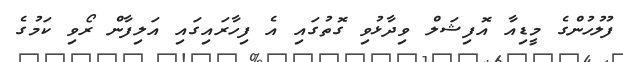
ފުލުހުންގެ މީޑިއާ އޮފިޝަލް ވިދާޅުވި ގޮތުގައި އެ ފިހާރައިގައި އަލިފާން ރޯވި ކަމުގެ